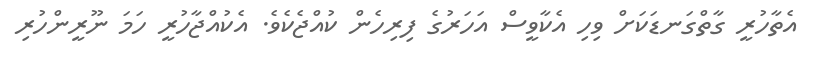
އެތާހުރީ ގާތްގަނޑަކަށް ވިހި އެކާވީސް އަހަރުގެ ފިރިހެން ކުއްޖެކެވެ. އެކުއްޖާހުރީ ހަމަ ނޫރީންހުރި